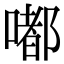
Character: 嘟